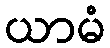
ယာမံ